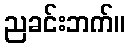
ညခင်းဘက်။